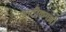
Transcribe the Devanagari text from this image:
खाटीकगल्ली